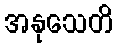
အနုသေတိ